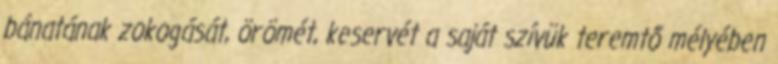
bánatának zokogását, örömét, keservét a saját szívük teremtő mélyében